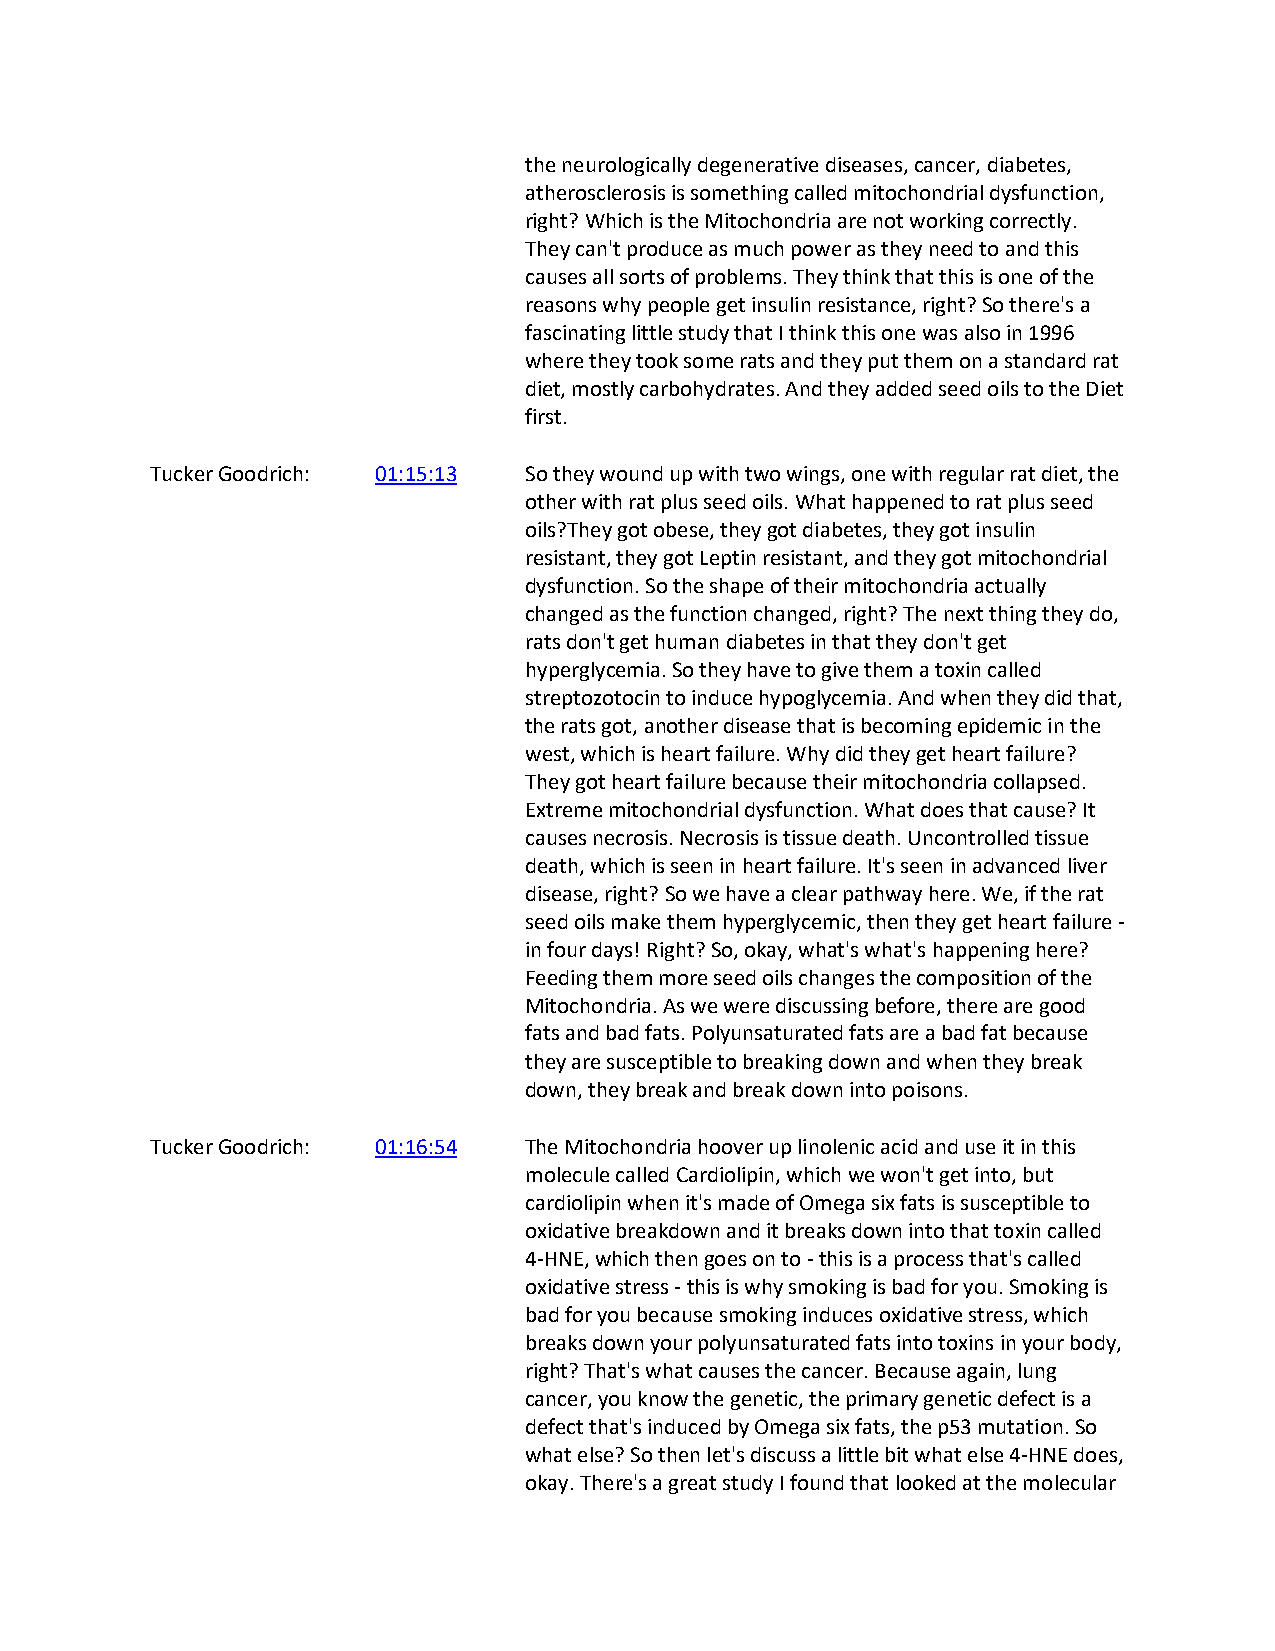
the neurologically degenerative diseases, cancer, diabetes,
 atherosclerosis is something called mitochondrial dysfunction,
 right? Which is the Mitochondria are not working correctly.
 They can't produce as much power as they need to and this
 causes all sorts of problems. They think that this is one of the
 reasons why people get insulin resistance, right? So there's a
 fascinating little study that I think this one was also in 1996
 where they took some rats and they put them on a standard rat
 diet, mostly carbohydrates. And they added seed oils to the Diet
 first.
 Tucker Goodrich: 01:15:13 So they wound up with two wings, one with regular rat diet, the
 other with rat plus seed oils. What happened to rat plus seed
 oils?They got obese, they got diabetes, they got insulin
 resistant, they got Leptin resistant, and they got mitochondrial
 dysfunction. So the shape of their mitochondria actually
 changed as the function changed, right? The next thing they do,
 rats don't get human diabetes in that they don't get
 hyperglycemia. So they have to give them a toxin called
 streptozotocin to induce hypoglycemia. And when they did that,
 the rats got, another disease that is becoming epidemic in the
 west, which is heart failure. Why did they get heart failure?
 They got heart failure because their mitochondria collapsed.
 Extreme mitochondrial dysfunction. What does that cause? It
 causes necrosis. Necrosis is tissue death. Uncontrolled tissue
 death, which is seen in heart failure. It's seen in advanced liver
 disease, right? So we have a clear pathway here. We, if the rat
 seed oils make them hyperglycemic, then they get heart failure -
 in four days! Right? So, okay, what's what's happening here?
 Feeding them more seed oils changes the composition of the
 Mitochondria. As we were discussing before, there are good
 fats and bad fats. Polyunsaturated fats are a bad fat because
 they are susceptible to breaking down and when they break
 down, they break and break down into poisons.
 Tucker Goodrich: 01:16:54 The Mitochondria hoover up linolenic acid and use it in this
 molecule called Cardiolipin, which we won't get into, but
 cardiolipin when it's made of Omega six fats is susceptible to
 oxidative breakdown and it breaks down into that toxin called
 4-HNE, which then goes on to - this is a process that's called
 oxidative stress - this is why smoking is bad for you. Smoking is
 bad for you because smoking induces oxidative stress, which
 breaks down your polyunsaturated fats into toxins in your body,
 right? That's what causes the cancer. Because again, lung
 cancer, you know the genetic, the primary genetic defect is a
 defect that's induced by Omega six fats, the p53 mutation. So
 what else? So then let's discuss a little bit what else 4-HNE does,
 okay. There's a great study I found that looked at the molecular